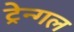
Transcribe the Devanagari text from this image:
ट्रेन्गल